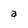
Character: a